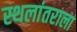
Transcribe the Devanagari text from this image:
स्थलांतराला